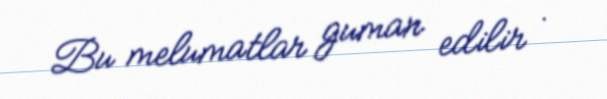
Bu melumatlar guman edilir .